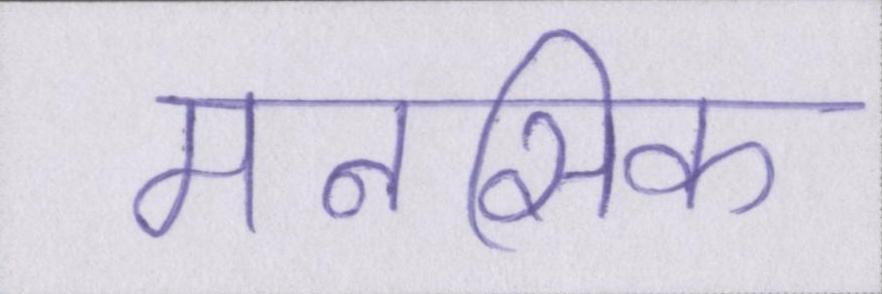
मनसिक